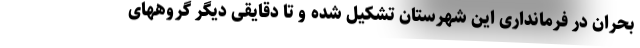
بحران در فرمانداری این شهرستان تشکیل شده و تا دقایقی دیگر گروههای